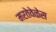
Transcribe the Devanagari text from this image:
मरतेवेळेस